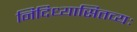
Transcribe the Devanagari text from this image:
निदिध्यासितव्यः